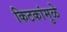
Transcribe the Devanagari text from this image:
किटकांमुळे